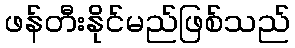
ဖန်တီးနိုင်မည်ဖြစ်သည်